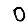
Digit: 0